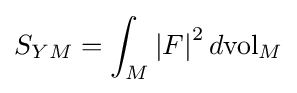
S_{YM}=\int _{M}\left|F\right|^{2}d\mathrm {vol} _{M}